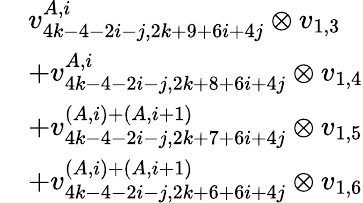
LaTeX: \begin{array}{rl}&{v_{4k-4-2i-j,2k+9+6i+4j}^{A,i}\otimes v_{1,3}}\\ &{+v_{4k-4-2i-j,2k+8+6i+4j}^{A,i}\otimes v_{1,4}}\\ &{+v_{4k-4-2i-j,2k+7+6i+4j}^{(A,i)+(A,i+1)}\otimes v_{1,5}}\\ &{+v_{4k-4-2i-j,2k+6+6i+4j}^{(A,i)+(A,i+1)}\otimes v_{1,6}}\end{array}